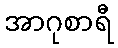
အာဂုစာရီ